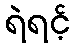
ရဲရင့်